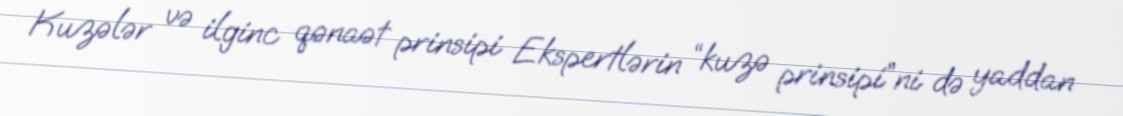
Kuzələr və ilginc qənaət prinsipi Ekspertlərin “kuzə prinsipi”ni də yaddan